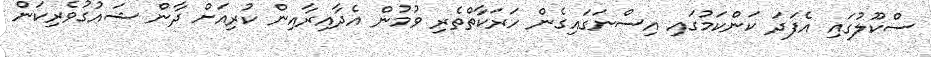
ސްކޫލުގައި އެފަދަ ކަންކަމުގައި އިސްނަގައިގެން ހަރަކާތްތެރި ވުމުން އެދާއިރާއިން ކުރިއަށް ދާން ޝައުގުވެރިކަން